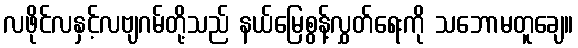
လဖိုင်လနှင့်လဗျဂမ်တို့သည် နယ်မြေစွန့်လွှတ်ရေးကို သဘောမတူချေ။